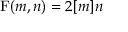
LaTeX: \operatorname { F } ( m , n ) = 2 [ m ] n